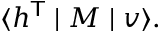
\langle h ^ { \mathsf { T } } \mid M \mid v \rangle .